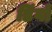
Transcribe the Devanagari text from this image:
डिंगों